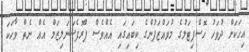
އިހަކަށް ދުވަހު ހޮސްޕިޓަލުުގެ މުވައްޒަފުންގެ ކިބައިގައި އެއްވެސް ޕްރޮފެޝަނަލިޒަމް އެއް ނެތް ވާހަކަ